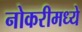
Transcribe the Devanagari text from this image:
नोकरीमध्ये